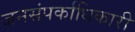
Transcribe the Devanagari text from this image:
जनसंपर्काधिकारी